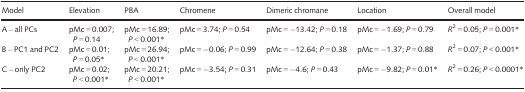
| Model | Elevation | PBA | Chromene | Dimeric chromane | Location | Overall model |
 | --- | --- | --- | --- | --- | --- | --- |
 | A – all PCs | pMc = 0.007; P = 0.14 | pMc = 16.89; P < 0.001* | pMc = 3.74; P = 0.54 | pMc = −13.42; P = 0.18 | pMc = −1.69; P = 0.79 | R2 = 0.05; P = 0.001* |
 | B – PC1 and PC2 | pMc = 0.01; P = 0.05* | pMc = 26.94; P < 0.001* | pMc = −0.06; P = 0.99 | pMc = −12.64; P = 0.38 | pMc = −1.37; P = 0.88 | R2 = 0.07; P < 0.001* |
 | C – only PC2 | pMc = 0.02; P < 0.001* | pMc = 20.21; P < 0.001* | pMc = −3.54; P = 0.31 | pMc = −4.6; P = 0.43 | pMc = −9.82; P = 0.01* | R2 = 0.26; P < 0.0001* |